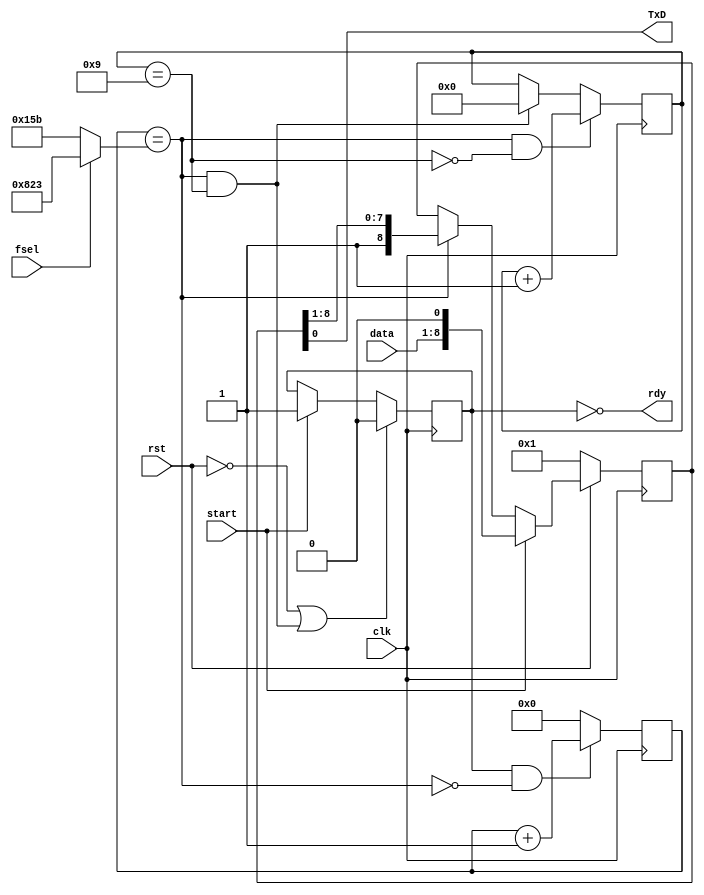
`timescale 1ns / 1ps  // NW 4.5.09 / 15.8.10 / 15.11.10

// RS232 transmitter for 19200 bps, 8 bit data
// CFB 24.07.16 Clock is 50 MHz, default rate is 115.2 KHz
// 50000 / 2604 = 19.2 KHz
// 50000 / 434 = 115.2 KHz 
// CFB 28.05.20 Clock is 40 MHz, default rate is 115.2 KHz
// 40000 / 2083 = 19.2 KHz
// 40000 / 347 = 115.2 KHz 

module RS232T(
    input clk, rst,
    input start, // request to accept and send a byte
	 input fsel,  // frequency selection
    input [7:0] data,
    output rdy,
    output TxD);

wire endtick, endbit;
wire [11:0] limit;
reg run;
reg [11:0] tick;
reg [3:0] bitcnt;
reg [8:0] shreg;

assign limit = fsel ? 2083 : 347; // 40 MHZ
assign endtick = tick == limit;
assign endbit = bitcnt == 9;
assign rdy = ~run;
assign TxD = shreg[0];

always @ (posedge clk) begin
  run <= (~rst | endtick & endbit) ? 0 : start ? 1 : run;
  tick <= (run & ~endtick) ? tick + 1 : 0;
  bitcnt <= (endtick & ~endbit) ? bitcnt + 1 :
    (endtick & endbit) ? 0 : bitcnt;
  shreg <= (~rst) ? 1 : start ? {data, 1'b0} :
    endtick ? {1'b1, shreg[8:1]} : shreg;
end
endmodule